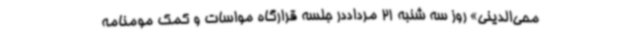
محی‌الدینی» روز سه شنبه 21 مرداددر جلسه قرارگاه مواسات و کمک مومنامه